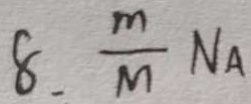
8 . \frac { m } { M } N A